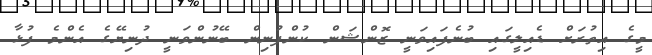
މީގެ އިތުރަށް ޑެއިލީގައި ބުނެފައިވަނީ ޒޮންޝަން ކުންފުނިން ބޭނުންވަނީ ދުނިޔޭގެ އެންމެ ފުޅާ